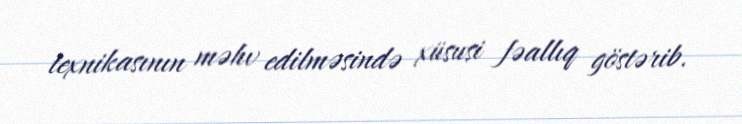
texnikasının məhv edilməsində xüsusi fəallıq göstərib.